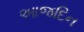
આજદિન